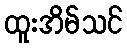
ထူးအိမ်သင်